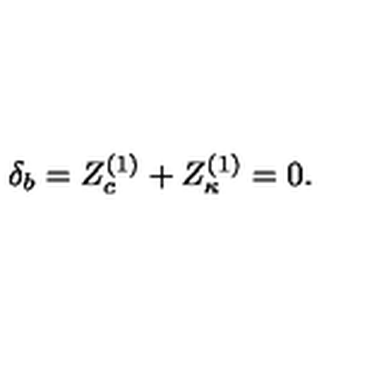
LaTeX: \delta _ { b } = Z _ { c } ^ { ( 1 ) } + Z _ { \kappa } ^ { ( 1 ) } = 0 .